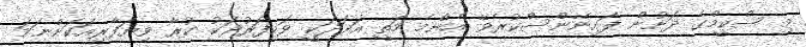
މި ސްކީމްގެ ދަށުން ފައިނޭންސްކުރެވޭ އެންމެ މަތީ އަދަދަކީ ވަކިފަރުދަކު ކުރާ ވިޔަފާރިއަކަށްނަމަ